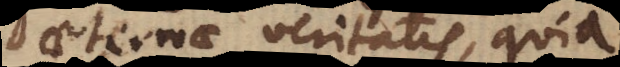
aeternae veritatis, quia